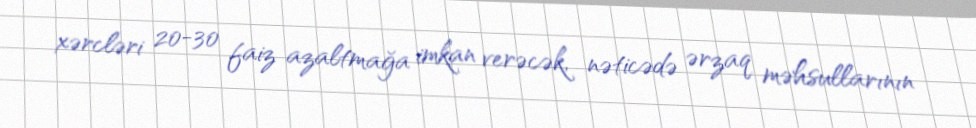
xərcləri 20-30 faiz azaltmağa imkan verəcək, nəticədə ərzaq məhsullarının